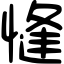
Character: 㦀